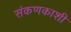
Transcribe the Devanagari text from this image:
संकणकाशी